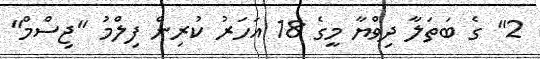
2" ގެ ބަތަލާ ދިވްޔާ މީގެ 18 އަހަރު ކުރިން ފިލްމު "ޖިސްމް"